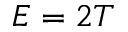
E = 2 T